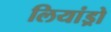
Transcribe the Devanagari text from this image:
लियांड्रो